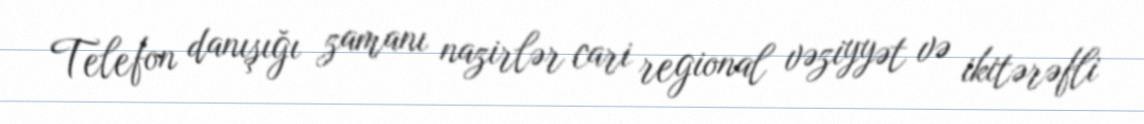
Telefon danışığı zamanı nazirlər cari regional vəziyyət və ikitərəfli